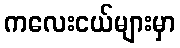
ကလေးငယ်များမှာ